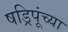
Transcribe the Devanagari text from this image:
षड्रिपूंच्या